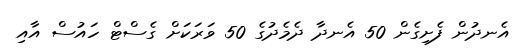
އެނދުން ފެށިގެން 50 އެނދާ ދެމެދުގެ 50 ވަރަކަށް ގެސްޓް ހައުސް އާއި